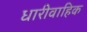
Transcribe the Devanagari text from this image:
धारीवाहिक